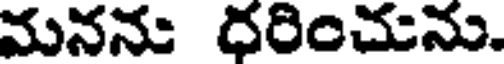
మనను దరించును.